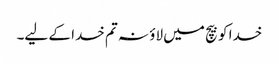
خدا کو بیچ میں لاؤ نہ تم خدا کے لیے۔